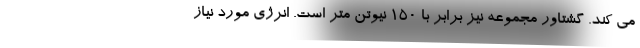
می کند. گشتاور مجموعه نیز برابر با 150 نیوتن متر است. انرژی مورد نیاز